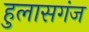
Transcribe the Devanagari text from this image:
हुलासगंज